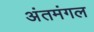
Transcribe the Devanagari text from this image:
अंतमंगल